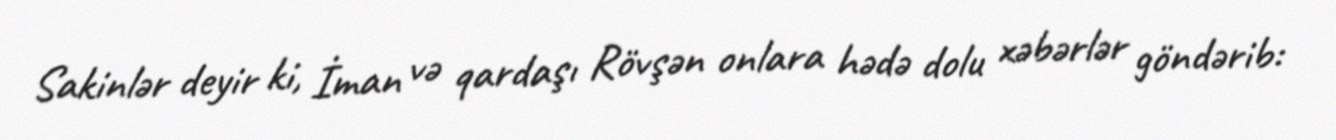
Sakinlər deyir ki, İman və qardaşı Rövşən onlara hədə dolu xəbərlər göndərib: